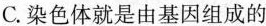
C.染色体就是由基因组成的